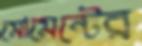
মোমেন্টের